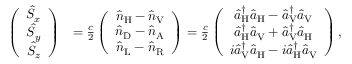
\begin{array} { r l } { \left( \begin{array} { c } { \hat { S } _ { x } } \\ { \hat { S } _ { y } } \\ { \hat { S } _ { z } } \end{array} \right) } & { = \frac { c } { 2 } \left( \begin{array} { c } { \hat { n } _ { \mathrm { H } } - \hat { n } _ { \mathrm { V } } } \\ { \hat { n } _ { \mathrm { D } } - \hat { n } _ { \mathrm { A } } } \\ { \hat { n } _ { \mathrm { L } } - \hat { n } _ { \mathrm { R } } } \end{array} \right) = \frac { c } { 2 } \left( \begin{array} { c } { \hat { a } _ { \mathrm { H } } ^ { \dagger } \hat { a } _ { \mathrm { H } } - \hat { a } _ { \mathrm { V } } ^ { \dagger } \hat { a } _ { \mathrm { V } } } \\ { \hat { a } _ { \mathrm { H } } ^ { \dagger } \hat { a } _ { \mathrm { V } } + \hat { a } _ { \mathrm { V } } ^ { \dagger } \hat { a } _ { \mathrm { H } } } \\ { i \hat { a } _ { \mathrm { V } } ^ { \dagger } \hat { a } _ { \mathrm { H } } - i \hat { a } _ { \mathrm { H } } ^ { \dagger } \hat { a } _ { \mathrm { V } } } \end{array} \right) , } \end{array}